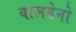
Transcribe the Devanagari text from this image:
वालडेनो